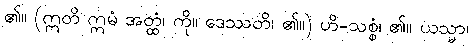
၏။ (ဣတိ ဣမံ အတ္ထံ၊ ကို။ ဒေဿတိ၊ ၏။) ဟိ-သစ္စံ၊ ၏။ ယသ္မာ၊